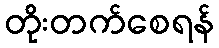
တိုးတက်စေရန်